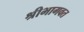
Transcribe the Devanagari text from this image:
श्रीभागवत